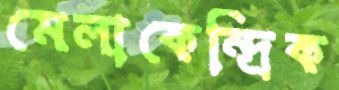
মেলাকেন্দ্রিক